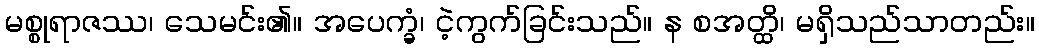
မစ္စုရာဇဿ၊ သေမင်း၏။ အပေက္ခံ၊ ငဲ့ကွက်ခြင်းသည်။ န စအတ္ထိ၊ မရှိသည်သာတည်း။